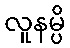
လူနမ္ပိ